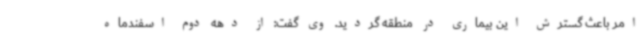
امر باعث گسترش این بیماری در منطقه گردید. وی گفت: از دهه دوم اسفندماه